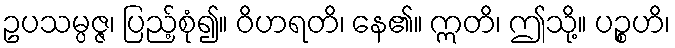
ဥပသမ္ပဇ္ဇ၊ ပြည့်စုံ၍။ ဝိဟရတိ၊ နေ၏။ ဣတိ၊ ဤသို့။ ပဉ္စဟိ၊